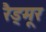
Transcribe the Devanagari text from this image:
रैड्मूर